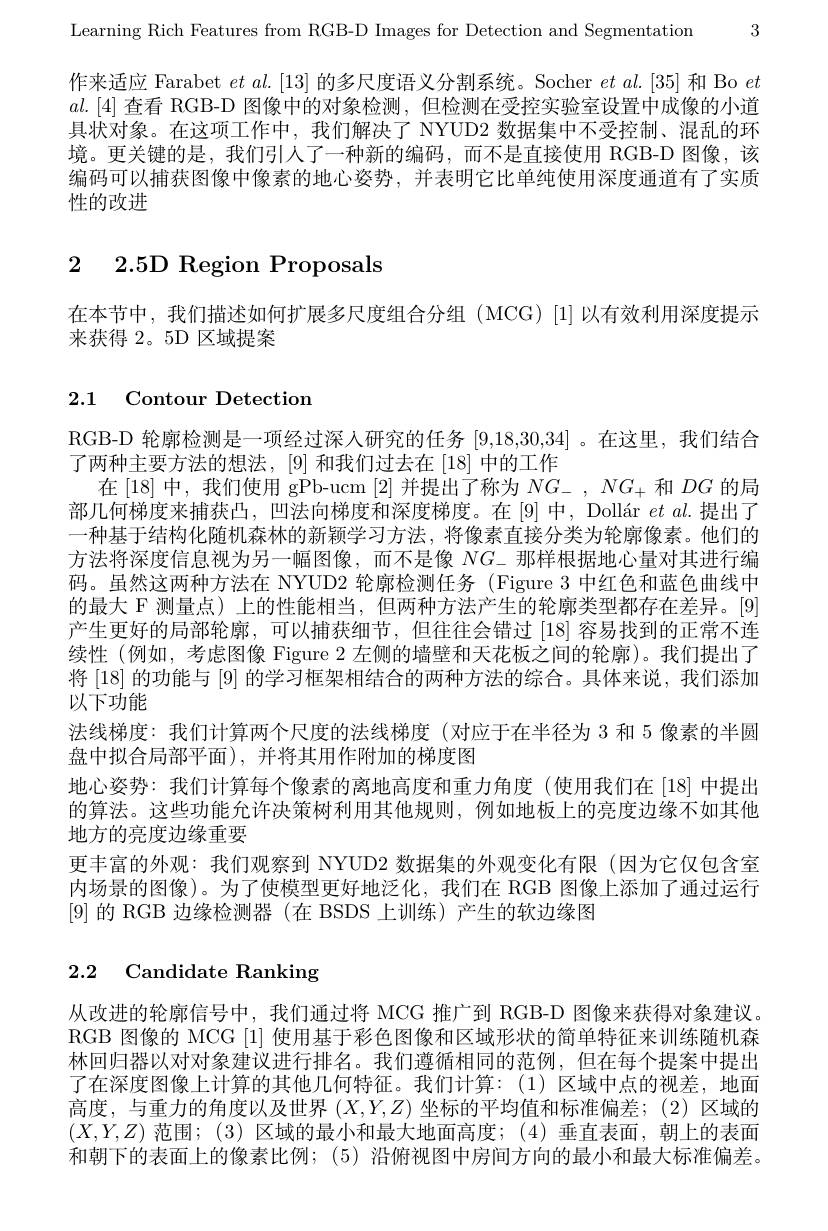
3

Learning Rich Features from RGB-D Images for Detection and Segmentation

作来适应 Farabet $et$ al.[13] 的多尺度语义分割系统。Socher $et\textit{al. [ 35] 和 Bo }et$ $al.[4]$查看 RGB-D 图像中的对象检测 , 但检测在受控实验室设置中成像的小道具状对象。在这项工作中，我们解决了 NYUD2 数据集中不受控制、混乱的环境。更关键的是，我们引人了一种新的编码，而不是直接使用 RGB-D 图像，该编码可以捕获图像中像素的地心姿势，并表明它比单纯使用深度通道有了实质性的改进

# 2 2.5D Region Proposals

在本节中，我们描述如何扩展多尺度组合分组(MCG)[1]以有效利用深度提示
来获得 2。5D 区域提案

## 2.1 Contour Detection

RGB-D 轮廓检测是一项经过深人研究的任务[9,18,30,34] 。在这里，我们结合
了两种主要方法的想法，[9] 和我们过去在[18] 中的工作
在[18]中，我们使用 gPb-ucm [2]并提出了称为$NG_-,NG_+$和$DG$的局部几何梯度来捕获凸，凹法向梯度和深度梯度。在[9]中，Dollár $et\textit{al. 提 出 了 }$ 一种基于结构化随机森林的新颖学习方法，将像素直接分类为轮廓像素。他们的方法将深度信息视为另一幅图像，而不是像$NG_{-}$那样根据地心量对其进行编码。虽然这两种方法在 NYUD2 轮廓检测任务 (Figure 3 中红色和蓝色曲线中的最大 F 测量点) 上的性能相当，但两种方法产生的轮廓类型都存在差异。[9] 产生更好的局部轮廓，可以捕获细节，但往往会错过[18]容易找到的正常不连续性 (例如，考虑图像 Figure $2\textit{ 左 侧 的 墙 壁 和 天 花 板 之 间 的 轮 廓 ) 。我 们 提 出 了 }$ 将 [18] 的功能与 [9] 的学习框架相结合的两种方法的综合。具体来说，我们添加以下功能
法线梯度：我们计算两个尺度的法线梯度(对应于在半径为 3 和 5 像素的半圆
盘中拟合局部平面),并将其用作附加的梯度图
地心姿势：我们计算每个像素的离地高度和重力角度(使用我们在[18]中提出的算法。这些功能允许决策树利用其他规则，例如地板上的亮度边缘不如其他地方的亮度边缘重要
更丰富的外观：我们观察到 NYUD2 数据集的外观变化有限(因为它仅包含室内场景的图像)。为了使模型更好地泛化，我们在 RGB 图像上添加了通过运行[9]的 RGB 边缘检测器(在 BSDS 上训练)产生的软边缘图

# 2.2 Candidate Ranking

从改进的轮廓信号中，我们通过将 MCG 推广到 RGB-D 图像来获得对象建议。RGB 图像的 MCG |1|使用基于彩色图像和区域形状的简单特征来训练随机森林回归器以对对象建议进行排名。我们遵循相同的范例，但在每个提案中提出了在深度图像上计算的其他几何特征。我们计算：(1)区域中点的视差，地面高度，与重力的角度以及世界$(X,Y,Z)$坐标的平均值和标准偏差；(2)区域的$(X,Y,Z)$范围；(3)区域的最小和最大地面高度；(4)垂直表面，朝上的表面和朝下的表面上的像素比例；(5)沿俯视图中房间方向的最小和最大标准偏差。